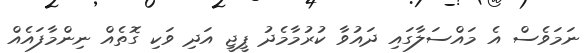
ނަމަވެސް އެ މައްސަލާގައި ދައުވާ ކުރުމާމެދު ޕީޖީ އަދި ވަކި ގޮތެއް ނިންމާފައެއް